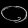
Digit: ၀